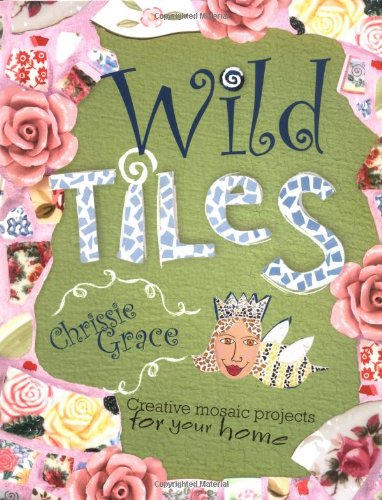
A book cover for Wild Tiles: Creative Mosaic Projects for Your Home; Chrissie Mervine-Grace; Crafts, Hobbies & Home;